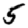
Digit: 5